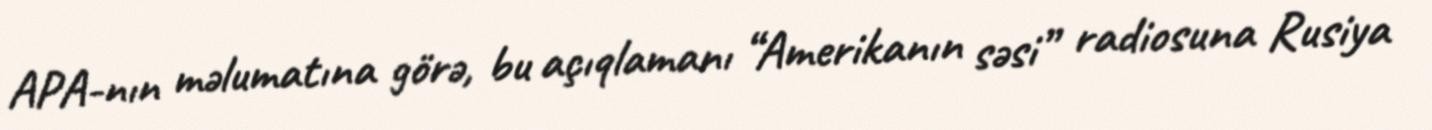
APA-nın məlumatına görə, bu açıqlamanı “Amerikanın səsi” radiosuna Rusiya